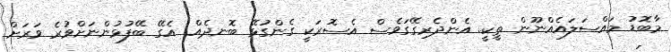
މާބޮޑު މައްސަލައެއްނޫން ތީކީ. އެންދެރިގޭގަވެސް އެސޮރަކީ ގެންގުޅޭ ބޮނދެއް. އެގޭ ބޭފުޅުންނަށްވުރެ ވަރަށް